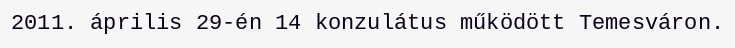
2011. április 29-én 14 konzulátus működött Temesváron.